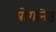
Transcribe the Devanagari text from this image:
योगनिष्ठ